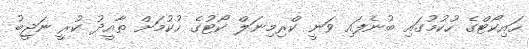
ހައިކޯޓްގެ ހުކުމުގައި ބުނެފައި ވަނީ ކްރިމިނަލް ކޯޓުގެ ހުކުމަށް ތާއީދު ކުރީ ނަޖީބު